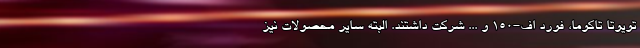
تویوتا تاکوما، فورد اف-150 و ... شرکت داشتند. البته سایر محصولات نیز